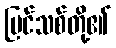
ပြင်သစ်တို့၏